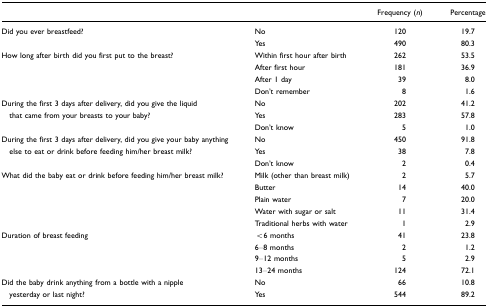
<table><thead><tr><td></td><td></td><td><b>Frequency (<i>n</i>)</b></td><td><b>Percentage</b></td></tr></thead><tbody><tr><td>Did you ever breastfeed?</td><td>No</td><td>120</td><td>19.7</td></tr><tr><td></td><td>Yes</td><td>490</td><td>80.3</td></tr><tr><td>How long after birth did you first put to the breast?</td><td>Within first hour after birth</td><td>262</td><td>53.5</td></tr><tr><td></td><td>After first hour</td><td>181</td><td>36.9</td></tr><tr><td></td><td>After 1 day</td><td>39</td><td>8.0</td></tr><tr><td></td><td>Don&#x27;t remember</td><td>8</td><td>1.6</td></tr><tr><td>During the first 3 days after delivery, did you give the liquid</td><td>No</td><td>202</td><td>41.2</td></tr><tr><td> that came from your breasts to your baby?</td><td>Yes</td><td>283</td><td>57.8</td></tr><tr><td></td><td>Don&#x27;t know</td><td>5</td><td>1.0</td></tr><tr><td>During the first 3 days after delivery, did you give your baby anything</td><td>No</td><td>450</td><td>91.8</td></tr><tr><td> else to eat or drink before feeding him/her breast milk?</td><td>Yes</td><td>38</td><td>7.8</td></tr><tr><td></td><td>Don&#x27;t know</td><td>2</td><td>0.4</td></tr><tr><td>What did the baby eat or drink before feeding him/her breast milk?</td><td>Milk (other than breast milk)</td><td>2</td><td>5.7</td></tr><tr><td></td><td>Butter</td><td>14</td><td>40.0</td></tr><tr><td></td><td>Plain water</td><td>7</td><td>20.0</td></tr><tr><td></td><td>Water with sugar or salt</td><td>11</td><td>31.4</td></tr><tr><td></td><td>Traditional herbs with water</td><td>1</td><td>2.9</td></tr><tr><td>Duration of breast feeding</td><td>&lt;6 months</td><td>41</td><td>23.8</td></tr><tr><td></td><td>6–8 months</td><td>2</td><td>1.2</td></tr><tr><td></td><td>9–12 months</td><td>5</td><td>2.9</td></tr><tr><td></td><td>13–24 months</td><td>124</td><td>72.1</td></tr><tr><td>Did the baby drink anything from a bottle with a nipple</td><td>No</td><td>66</td><td>10.8</td></tr><tr><td> yesterday or last night?</td><td>Yes</td><td>544</td><td>89.2</td></tr></tbody></table>